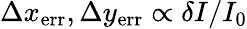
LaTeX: \Delta{x}_{\mathrm{err}},\Delta{y}_{\mathrm{err}}\propto\delta{I}/I_{\mathrm{0}}